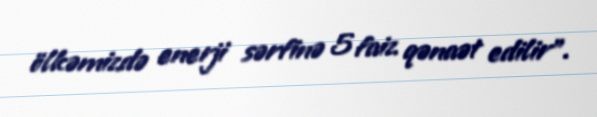
ölkəmizdə enerji sərfinə 5 faiz qənaət edilir”.